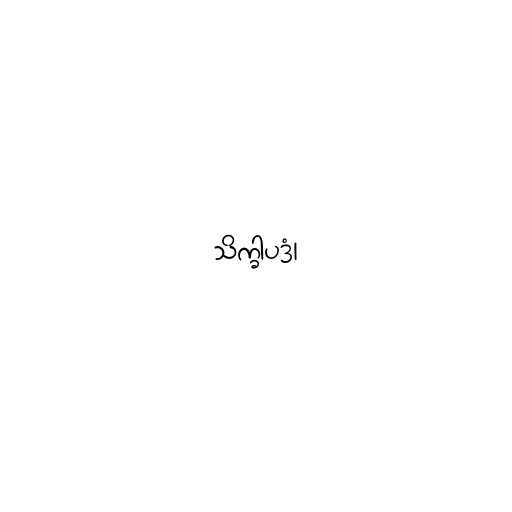
သိက္ခါပဒံ၊